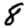
Digit: 8